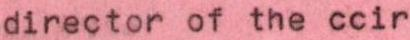
director of the ccir